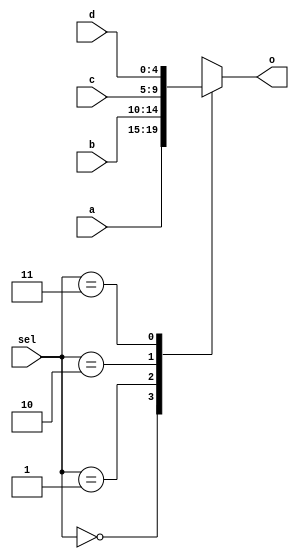
module mux4to1_5(
	input wire [4:0] a,
	input wire [4:0] b,
	input wire [4:0] c,
	input wire [4:0] d,
	input wire [1:0] sel,
	output reg [4:0] o
);
	always @(*) begin
		case(sel)
			2'b00:	o = a;
			2'b01:	o = b;
			2'b10:	o = c;
			2'b11:	o = d;
			default:	o = d;
		endcase
	end
endmodule